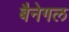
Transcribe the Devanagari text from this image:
बैनेगल